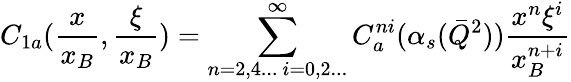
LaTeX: C_{1a}({\frac{x}{x_{B}}},{\frac{\xi}{x_{B}}})=\sum_{n=2,4...~i=0,2...}^{\infty}C_{a}^{ni}(\alpha_{s}(\bar{Q}^{2})){\frac{x^{n}\xi^{i}}{x_{B}^{n+i}}}